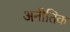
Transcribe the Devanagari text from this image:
अनीतिक